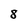
Character: 8